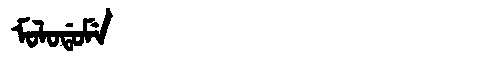
Manchu: ᠮᠣᠯᠣᡩᠣᠮᡝ
Romanization: MOLODOME